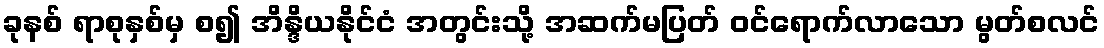
ခုနစ် ရာစုနှစ်မှ စ၍ အိန္ဒိယနိုင်ငံ အတွင်းသို့ အဆက်မပြတ် ဝင်ရောက်လာသော မွတ်စလင်